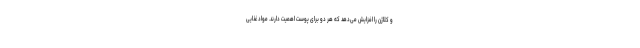
و کلاژن را افزایش می‌دهد که هر دو برای پوست اهمیت دارند. مواد غذایی